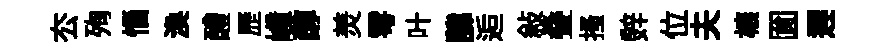
厺殉惱渙醴歷嶂醇羙雩叶諱逅敍叠搔辤位夫榱圎遲